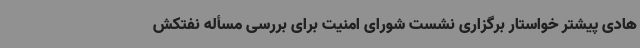
هادی پیشتر خواستار برگزاری نشست شورای امنیت برای بررسی مسأله نفتکش